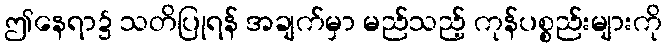
ဤနေရာ၌ သတိပြုရန် အချက်မှာ မည်သည့် ကုန်ပစ္စည်းများကို